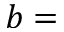
b =